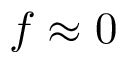
f \approx 0